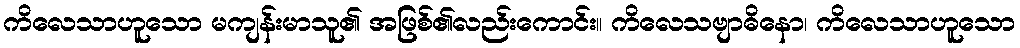
ကိလေသာဟူသော မကျန်းမာသူ၏ အဖြစ်၏လည်းကောင်း။ ကိလေသဗျာဓိနော၊ ကိလေသာဟူသော